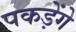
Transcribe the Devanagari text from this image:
पकड़ेंगे